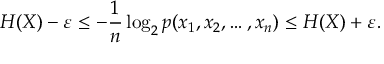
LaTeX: H ( X ) - \varepsilon \leq - { \frac { 1 } { n } } \log _ { 2 } p ( x _ { 1 } , x _ { 2 } , \ldots , x _ { n } ) \leq H ( X ) + \varepsilon .